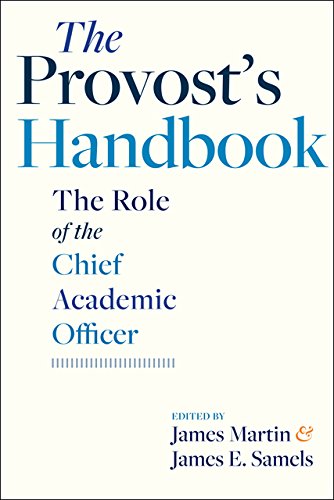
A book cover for The Provost's Handbook: The Role of the Chief Academic Officer; James Martin; Education & Teaching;